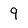
Character: 9